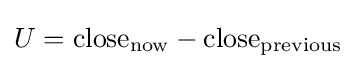
U={\text{close}}_{\text{now}}-{\text{close}}_{\text{previous}}